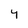
Character: Y